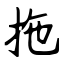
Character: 拖